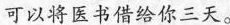
可以将医书借给你三天。